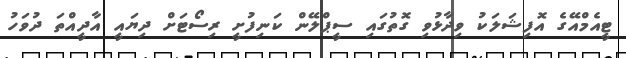
ޓީއެމްއޭގެ އޮފިޝަލަކު ވިދާޅުވި ގޮތުގައި ސީޕްލޭން ކަނިފުށީ ރިސޯޓަށް ދިޔައީ އާދީއްތަ ދުވަހު